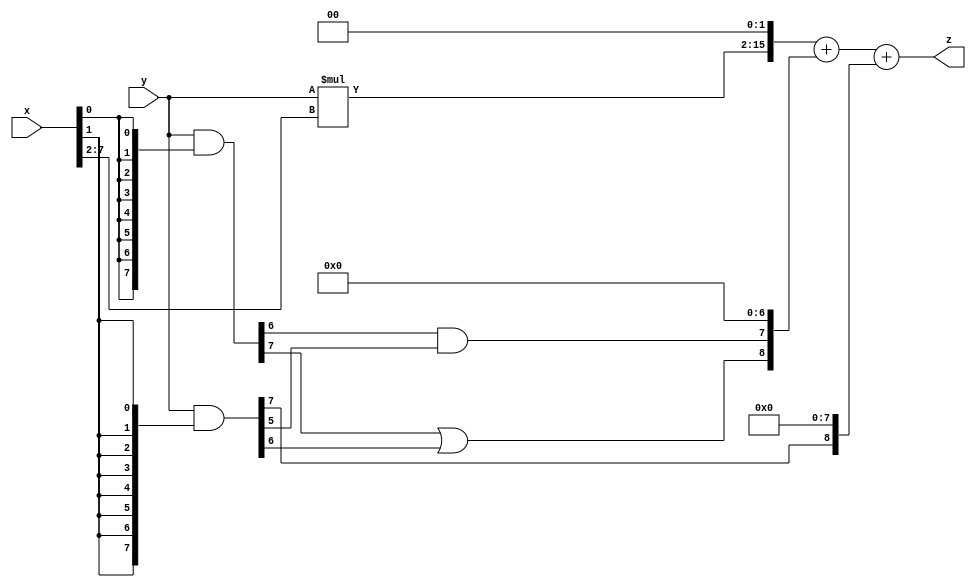
// terms: 3
// fval:  16499.25

module unsigned_8x8_l2_lamb4000_3 (
	input [7:0] x,
	input [7:0] y,
	output [15:0] z
);

wire [13:0] tmp_z = y*x[7:2];

wire [7:0] part1 =  y & {8{x[0]}};
wire [7:0] part2 =  y & {8{x[1]}};

wire [8:0] new_part1;
assign new_part1[0] = 0;
assign new_part1[1] = 0;
assign new_part1[2] = 0;
assign new_part1[3] = 0;
assign new_part1[4] = 0;
assign new_part1[5] = 0;
assign new_part1[6] = 0;
assign new_part1[7] = part1[6] & part2[5];
assign new_part1[8] = part1[7] | part2[6];

wire [8:0] new_part2;
assign new_part2[0] = 0;
assign new_part2[1] = 0;
assign new_part2[2] = 0;
assign new_part2[3] = 0;
assign new_part2[4] = 0;
assign new_part2[5] = 0;
assign new_part2[6] = 0;
assign new_part2[7] = 0;
assign new_part2[8] = part2[7];

assign z = {tmp_z, 2'd 0} + new_part1 + new_part2;
endmodule